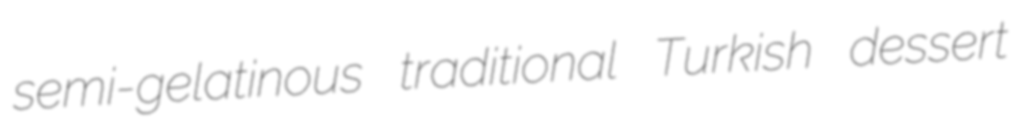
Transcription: semi-gelatinous traditional Turkish dessert